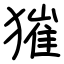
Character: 獕